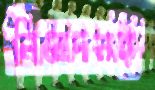
নিবেদনই